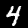
Digit: 4